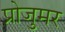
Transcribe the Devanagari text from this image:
प्रोजुमर